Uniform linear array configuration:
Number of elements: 32
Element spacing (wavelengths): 0.25
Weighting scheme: uniform
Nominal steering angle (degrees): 30
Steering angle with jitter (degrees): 30.199
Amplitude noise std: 0.05
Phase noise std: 0.05

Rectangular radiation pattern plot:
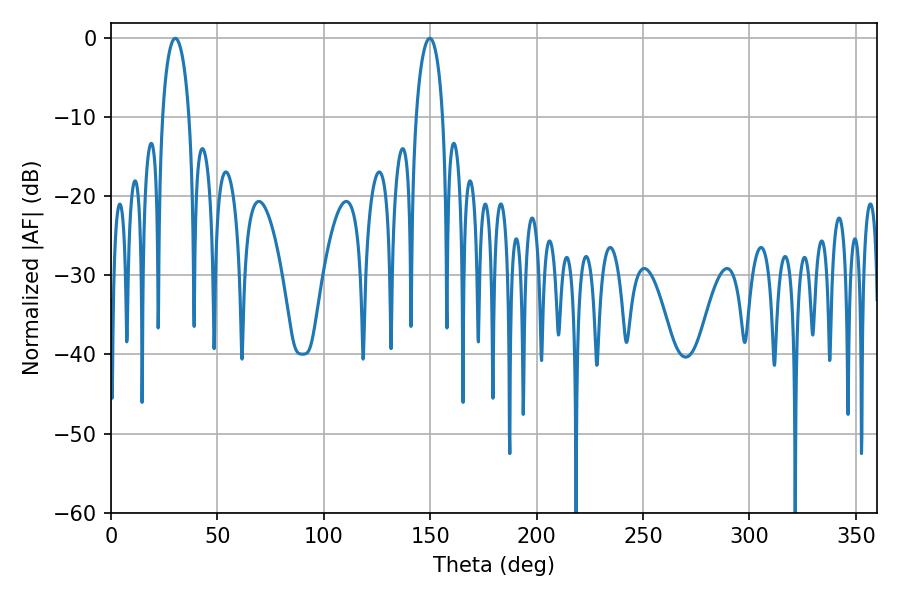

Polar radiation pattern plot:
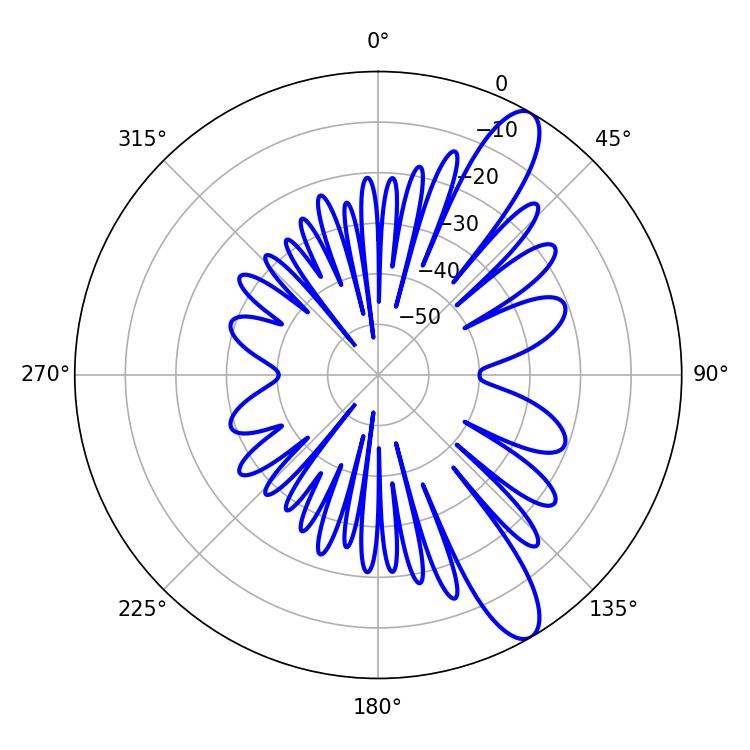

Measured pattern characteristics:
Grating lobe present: FALSE
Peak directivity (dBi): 11.412
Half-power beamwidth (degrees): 7.2
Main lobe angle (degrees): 30.24